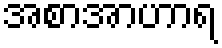
အစာအာဟာရ